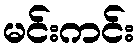
မင်းကင်း